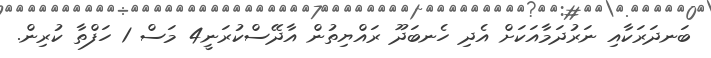
ބަނދަރަކާއި ނަރުދަމާއަކަށް އެދި ހެނބަދޫ ރައްޔިތުން އާދޭސްކުރަނީ4 މަސް 1 ހަފްތާ ކުރިން.